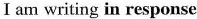
I am writing in response